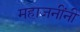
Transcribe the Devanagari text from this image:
महाजनींनी